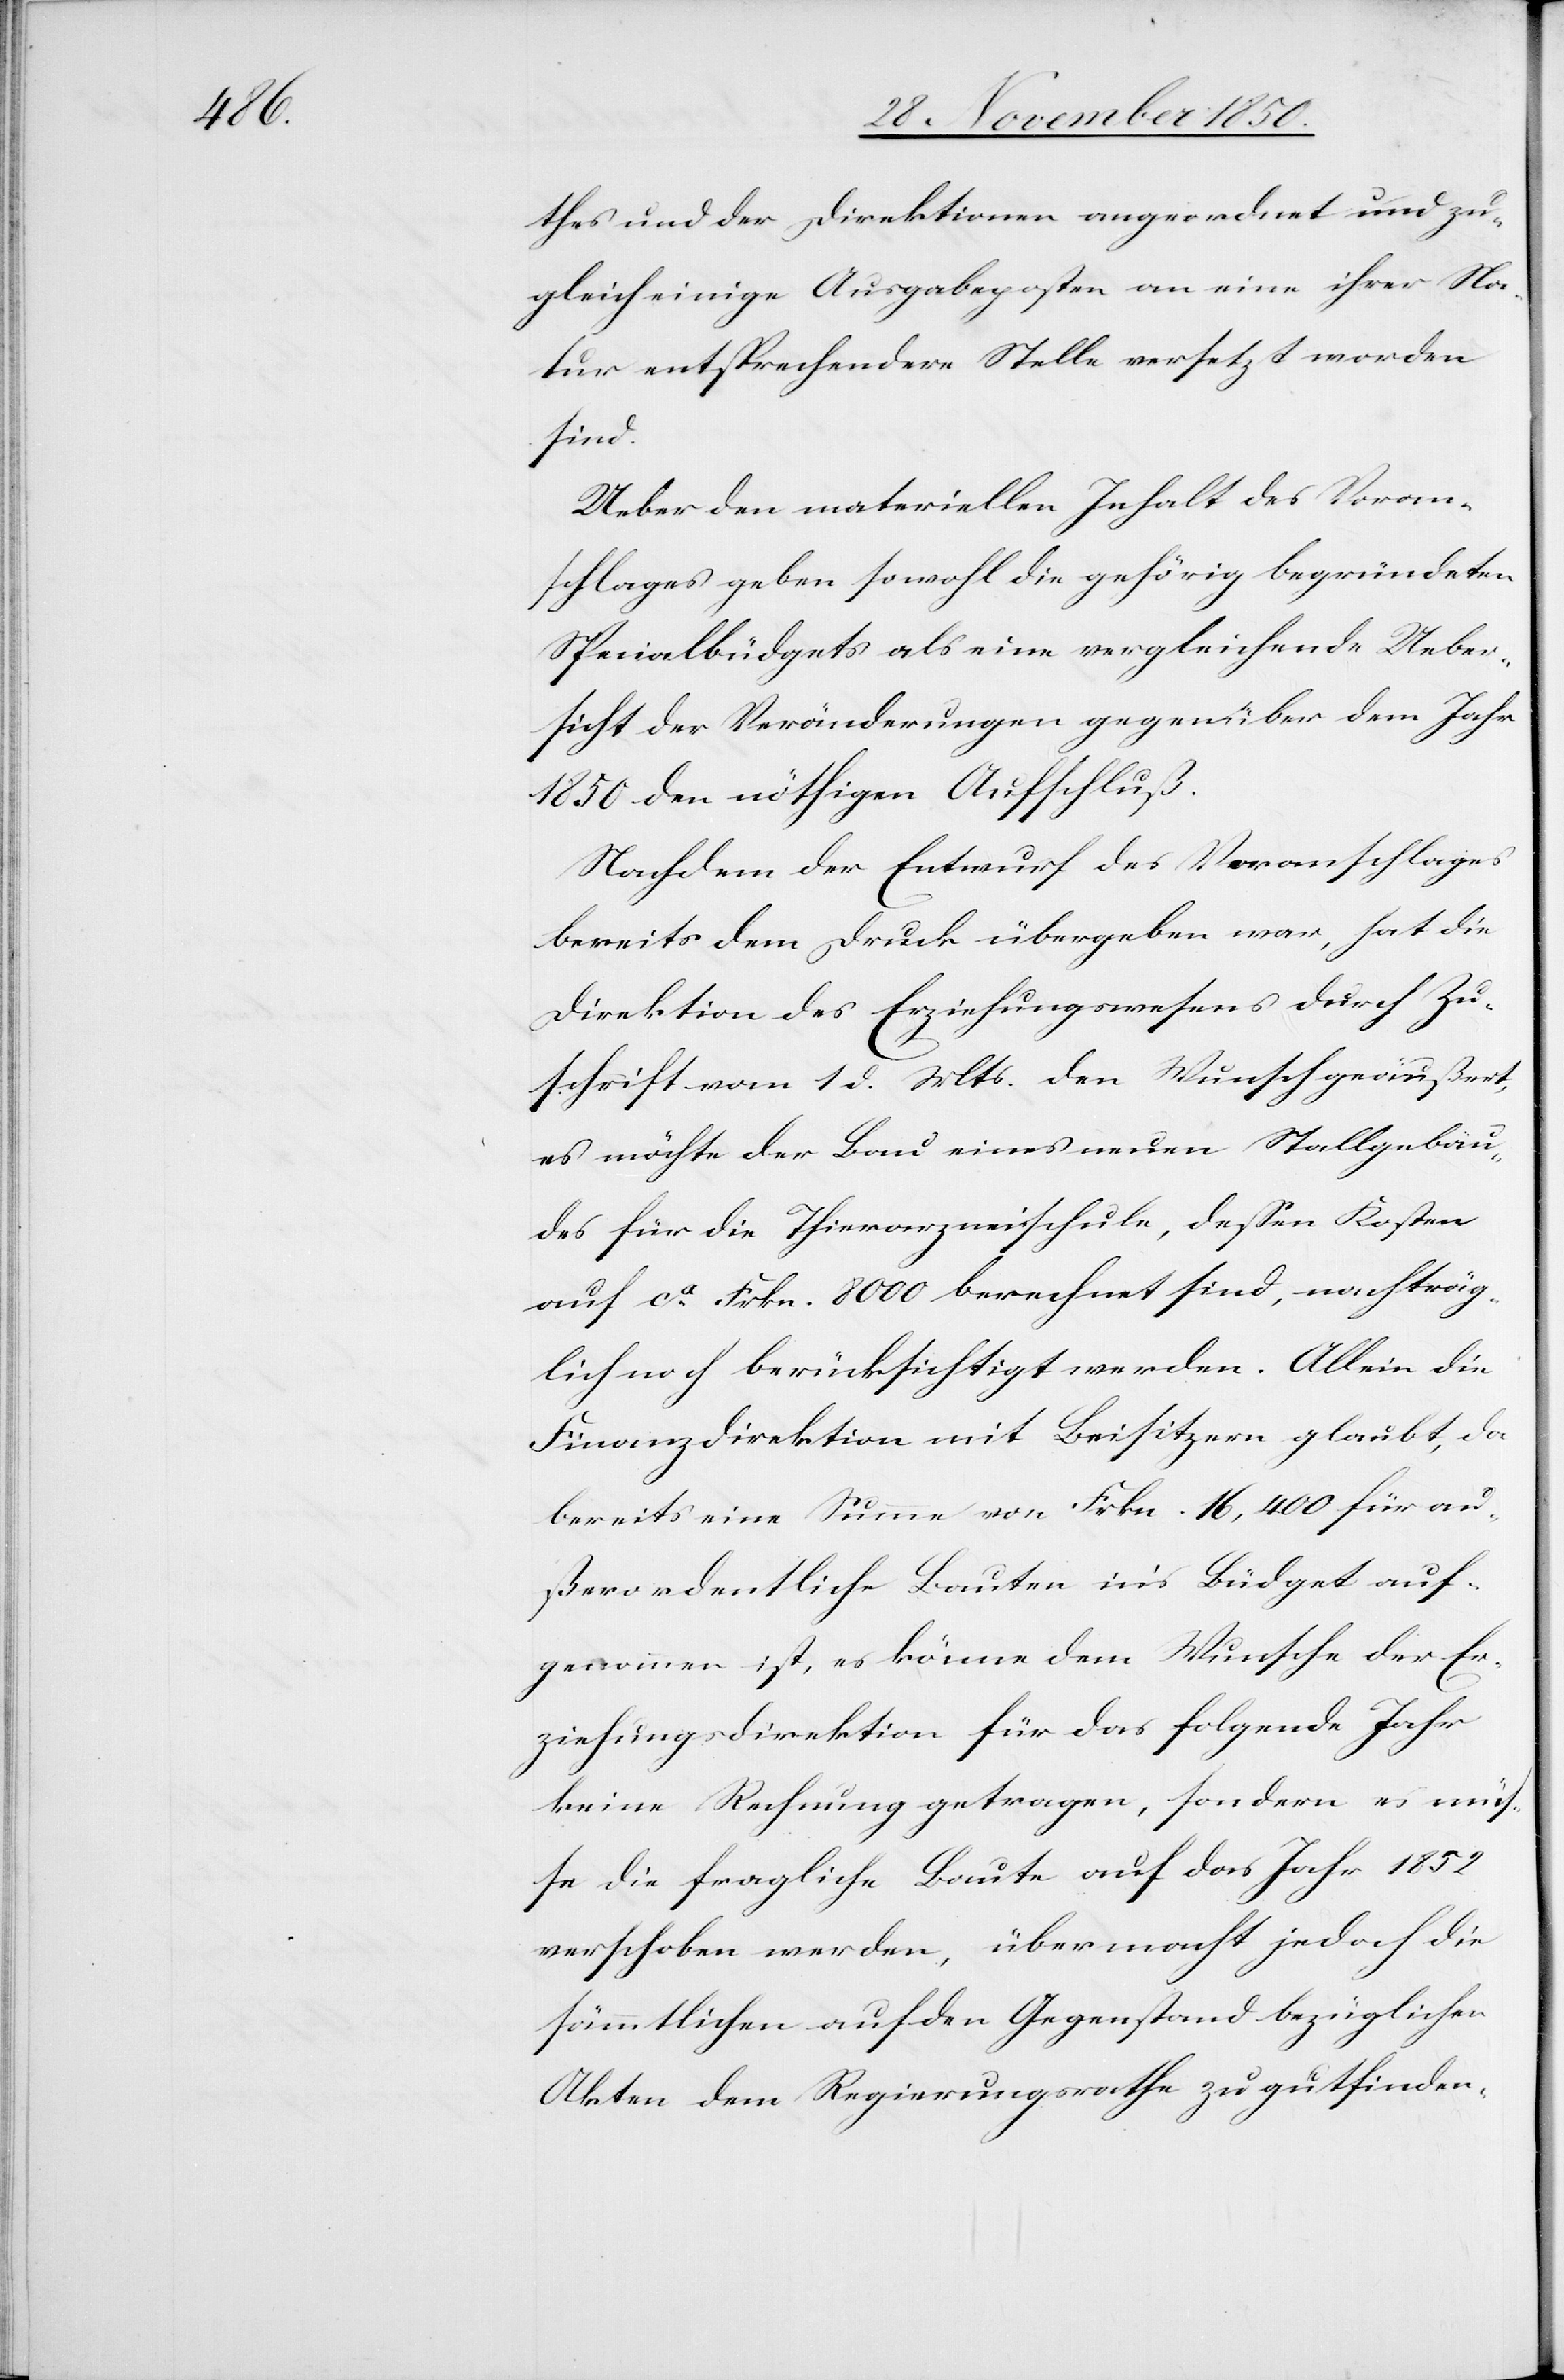
thes und der Direktionen angeordnet und zu¬
gleich einige Ausgabeposten an eine ihrer Na¬
tur entsprechendere Stelle versetzt worden
sind.
Ueber den materiellen Inhalt des Voran¬
schlages geben sowohl die gehörig begründeten
Specialbüdgets als eine vergleichende Ueber¬
sicht der Veränderungen gegenüber dem Jahr
1850 den nöthigen Aufschluß.
Nachdem der Entwurf des Voranschlages
bereits dem Druck übergeben war, hat die
Direktion des Erziehungswesens durch Zu¬
schrift vom 1 d. Mts. den Wunsch geäußert,
es möchte der Bau eines neuen Stallgebäu¬
des für die Thierarzneischule, dessen Kosten
auf ca Frkn. 8000 berechnet sind, nachträg¬
lich noch berücksichtigt werden. Allein die
Finanzdirektion mit Beisitzern glaubt, da
bereits eine Summe von Frkn. 16 400 für au¬
ßerordentliche Bauten in’s Büdget auf¬
genommen ist, es könne dem Wunsche der Er¬
ziehungsdirektion für das folgende Jahr
keine Rechnung getragen, sondern es müs¬
se die fragliche Baute auf das Jahr 1852
verschoben werden, übermacht jedoch die
sämmtlichen auf den Gegenstand bezüglichen
Akten dem Regierungsrathe zu gutfinden-